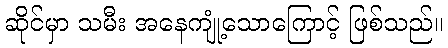
ဆိုင်မှာ သမီး အနေကျုံ့သောကြောင့် ဖြစ်သည်။